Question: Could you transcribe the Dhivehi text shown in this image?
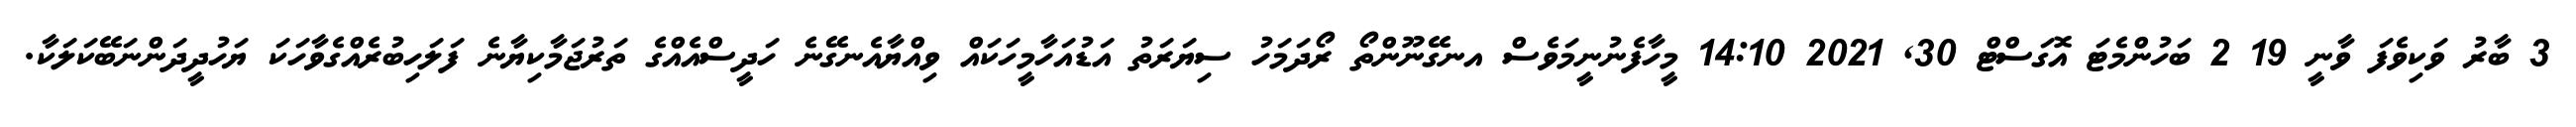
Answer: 3 ބާރު ވަކިވެފަ ވާނީ 19 2 ބަހުންމެޓަ އޮގަސްޓް 30, 2021 14:10 މީހާފެނުނީމަވެސް އނގޭނޫންތޯ ރޯދަމަހު ސިޔަރަތު އަޑުއަހާމީހަކައް ވިއްޔާއެނގޭނެ ހަދީސްއެއްގެ ތަރުޖަމާކިޔާނެ ފަލަހިބުރެއްގެވާހަކަ ޔަހުދީދަންނަބޭކަލަކާ.